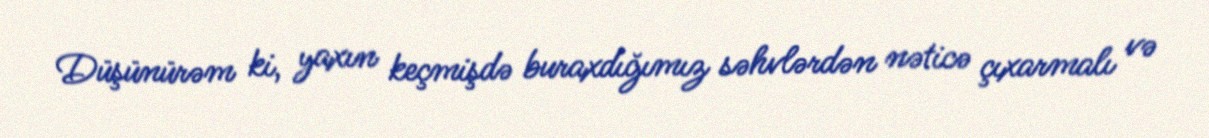
Düşünürəm ki, yaxın keçmişdə buraxdığımız səhvlərdən nəticə çıxarmalı və